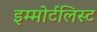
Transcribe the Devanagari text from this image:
इम्मोर्टलिस्ट